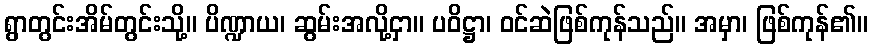
ရွာတွင်းအိမ်တွင်းသို့။ ပိဏ္ဍာယ၊ ဆွမ်းအလို့ငှာ။ ပဝိဋ္ဌာ၊ ဝင်ဆဲဖြစ်ကုန်သည်။ အမှာ၊ ဖြစ်ကုန်၏။